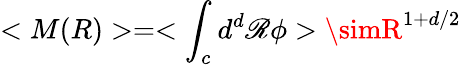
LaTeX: <M(R)>=<\int_{c}d^{d}\mathscr{R}\phi>\simR^{1+d/2}